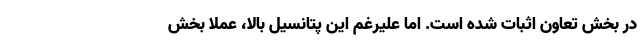
در بخش تعاون اثبات‌ شده است. اما علیرغم این پتانسیل بالا، عملا بخش